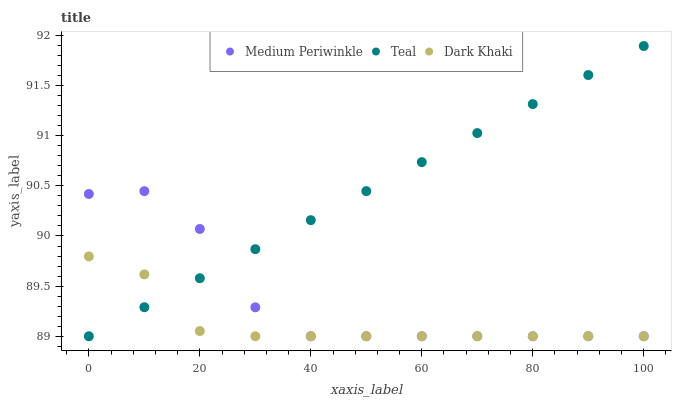
| xaxis_label | Medium Periwinkle | Teal | Dark Khaki |
 | --- | --- | --- | --- |
 | 0 | 90.4 | 89 | 89.8 |
 | 10 | 90.4 | 89.3 | 89.6 |
 | 20 | 90.1 | 89.6 | 89.1 |
 | 30 | 89.3 | 89.9 | 89 |
 | 40 | 89 | 90.2 | 89 |
 | 50 | 89 | 90.4 | 89 |
 | 60 | 89 | 90.7 | 89 |
 | 70 | 89 | 91 | 89 |
 | 80 | 89 | 91.3 | 89 |
 | 90 | 89 | 91.6 | 89 |
 | 100 | 89 | 91.9 | 89 |